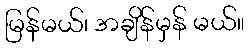
မြန်မယ်၊ အချိန်မှန် မယ်။